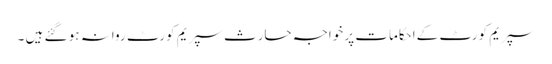
سپریم کورٹ کےاحکامات پر خواجہ حارث سپریم کورٹ روانہ ہو گئے ہیں ۔